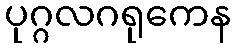
ပုဂ္ဂလဂရုကေန